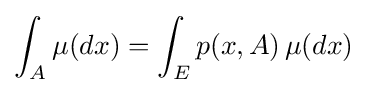
\int _{A}\mu (dx)=\int _{E}p(x,A)\,\mu (dx)